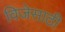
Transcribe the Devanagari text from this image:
विजेसाठी